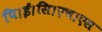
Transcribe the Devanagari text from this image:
पि।ई।सि।एच।एस